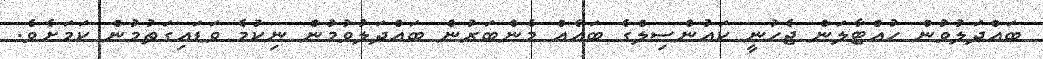
ބައްދަލުވުން ހުއްޓާލަން ޖެހުނީ ކައުންސިލްގެ ބައެއް މެންބަރުން ބައްދަލުވުމުން ނިކުމެ ވަޑައިގަތުމުން ކަމަށެވެ.